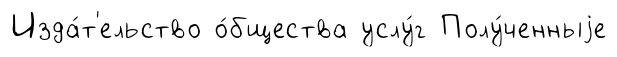
Изда́т'ельство о́бщества услу́г Полу́ченныjе